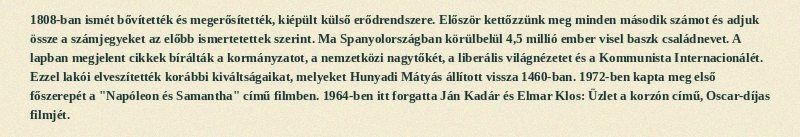
1808-ban ismét bővítették és megerősítették, kiépült külső erődrendszere. Először kettőzzünk meg minden második számot és adjuk össze a számjegyeket az előbb ismertetettek szerint. Ma Spanyolországban körülbelül 4,5 millió ember visel baszk családnevet. A lapban megjelent cikkek bírálták a kormányzatot, a nemzetközi nagytőkét, a liberális világnézetet és a Kommunista Internacionálét. Ezzel lakói elveszítették korábbi kiváltságaikat, melyeket Hunyadi Mátyás állított vissza 1460-ban. 1972-ben kapta meg első főszerepét a "Napóleon és Samantha" című filmben. 1964-ben itt forgatta Ján Kadár és Elmar Klos: Üzlet a korzón című, Oscar-díjas filmjét.